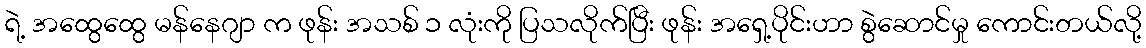
ရဲ့ အထွေထွေ မန်နေဂျာ က ဖုန်း အသစ် ၁ လုံးကို ပြသလိုက်ပြီး ဖုန်း အရှေ့ပိုင်းဟာ စွဲဆောင်မှု ကောင်းတယ်လို့